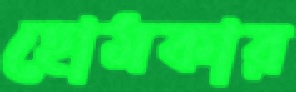
হোমকার